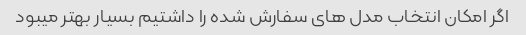
اگر امکان انتخاب مدل های سفارش شده را داشتیم بسیار بهتر میبود